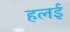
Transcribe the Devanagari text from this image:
हलई